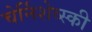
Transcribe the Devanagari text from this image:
चेर्निशेव्स्की